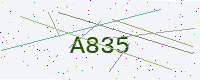
Text: A835